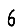
Digit: 6